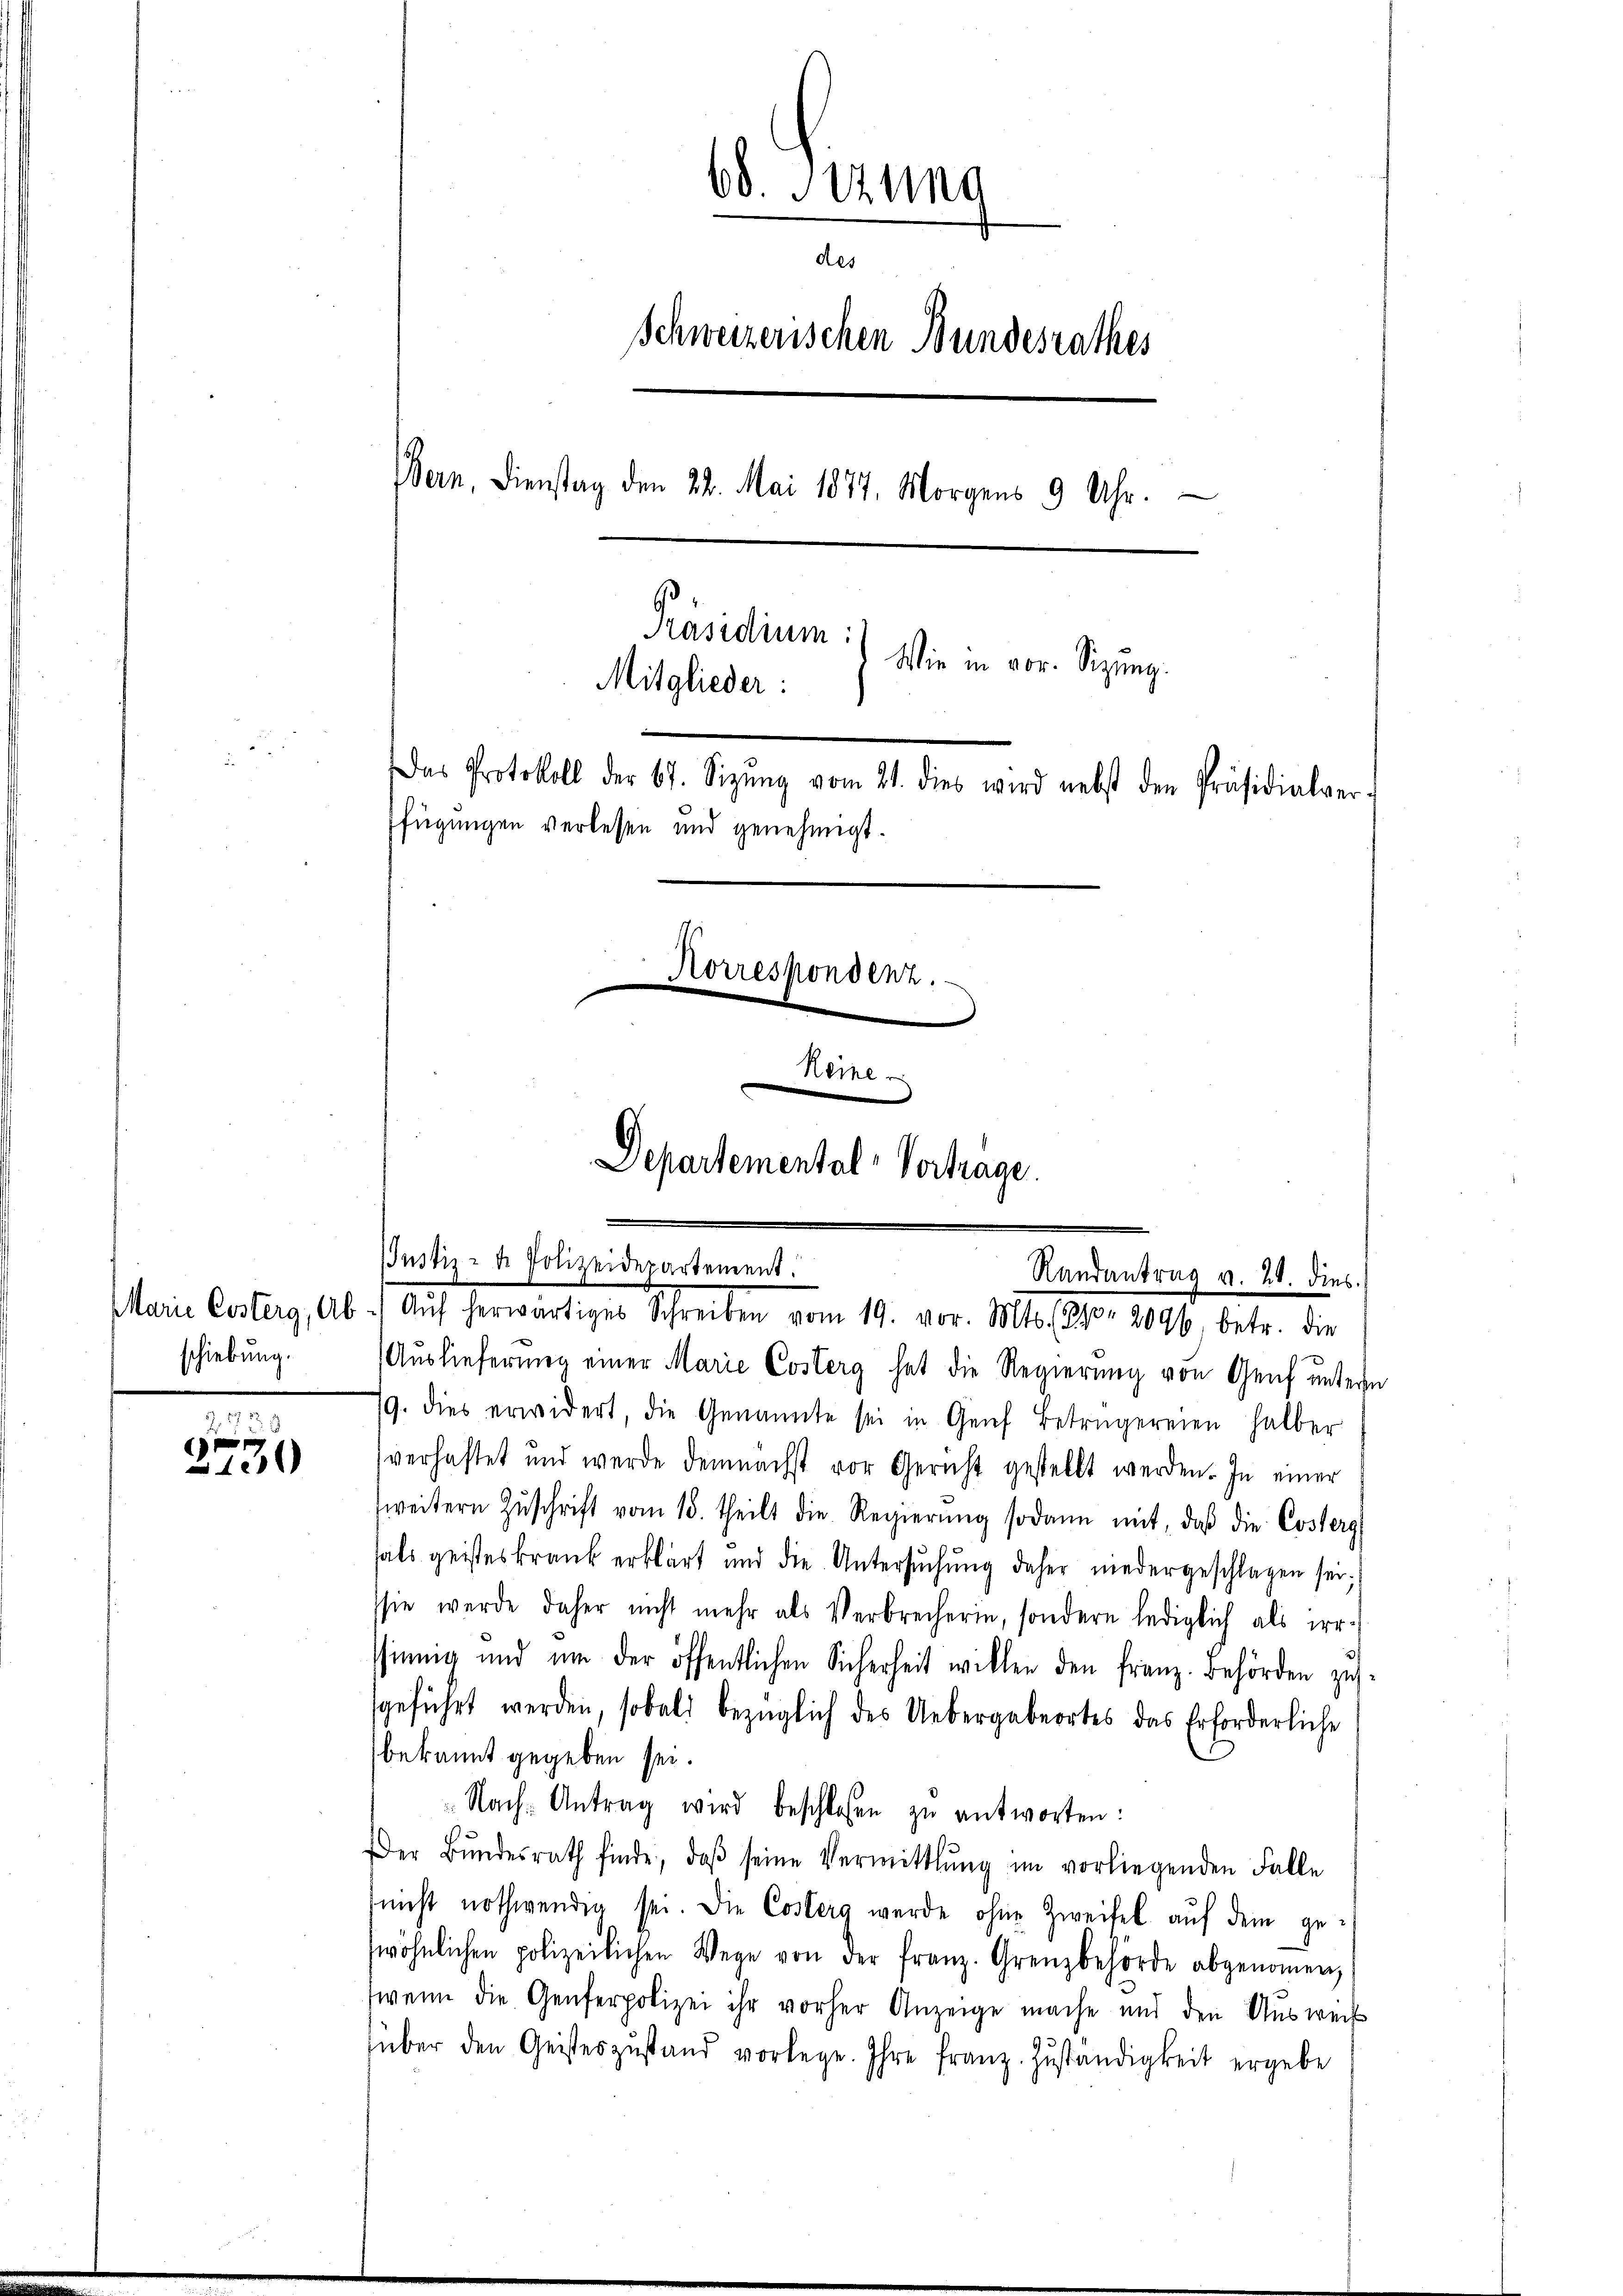
schiebung.

1722

1

60. 19
des
Schweizerischen Bundesrathes
Bern, Dienstag den 22. Mai 1877. Morgens 9 Uhr.
Präsidium:
Wie in vor. Sitzung.
Mitglieder:
Das Protokoll der 67. Sizŭng vom 21. dies wird nebst den Präsidialver-
fügungen verlesen und genehmigt.
Korrespondenz.
Reine

Departemental-Vertrage.
Justiz- & Polizeidepartement.
Randantrag v. 24. dies
Marie Costerg, Ab ./ Aŭf herwärtiges Schreiben vom 19. vor. Mts. (1870. 2096. betr. die

Auslieferung einer Marie Costerg hat die Regierung von Genf untern
19. dies erwidert, die Genannte sei in Genf betrügereien halber
verhaftet und werde demnächst vor Gericht gestellt werden. In einer
weitern Zŭschrift vom 18. theilt die Regierŭng sodann mit, daß die Costerg
fals geisteskrank erklärt und die Untersŭchŭng daher niedergeschlagen sei;
sie werde daher nicht mehr als Verbrecherin, sondern lediglich als irr-
ssinnig und um der öffentlichen Sicherheit willen den franz. Behörden zu-
geführt werden, sobald bezüglich des Uebergabeortes das Erforderliche
bekannt gegeben sei.
Nach-Antrag wird beschlossen zŭ antworten:
Der Bŭndesrath finde, daβ seine Vermittlung im vorliegenden Falle
snicht nothwenden sei. Die Costerg werde ohne Zweifel aŭf dem gewöhnlichen polizeilichen Wege von der franz. Grenzbehörde abgenoṁen,
(wenn die Genferpolizei ihr vorher Anzeige mache und den Ausweis
über den Geisteszustand vorlege. Ihre franz. Zŭständigkeit ergebe